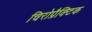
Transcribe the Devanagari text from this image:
चिरोप्रैक्टिक